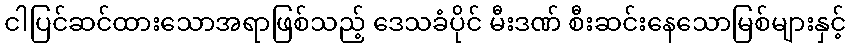
ငါပြင်ဆင်ထားသောအရာဖြစ်သည့် ဒေသခံပိုင် မီးဒဏ် စီးဆင်းနေသောမြစ်များနှင့်